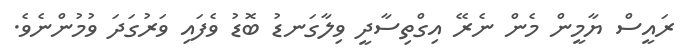
ރައީސް ޔާމީން މެން ނެރޭ އިގްތިސާދީ ވިލާގަނޑު ބޮޑު ވެފައި ވަރުގަދަ ވުމުންނެވެ.